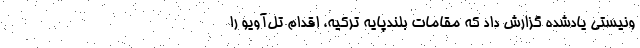
ونیستی یادشده گزارش داد که مقامات بلندپایه ترکیه، اقدام تل‌آویو را